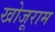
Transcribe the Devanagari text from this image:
खोजूराम